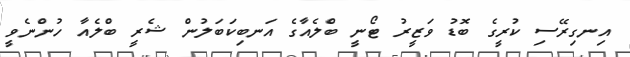
އިނގިރޭސި ކުރީގެ ބޮޑު ވަޒީރު ޓޯނީ ބްލެއާގެ އަނބިކަބަލުން ޝެރީ ބްލެއާ ހުންނެވީ